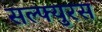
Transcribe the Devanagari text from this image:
सल्फ्युरस